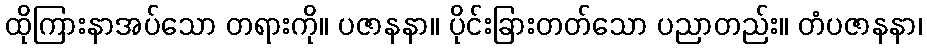
ထိုကြားနာအပ်သော တရားကို။ ပဇာနနာ။ ပိုင်းခြားတတ်သော ပညာတည်း။ တံပဇာနနာ၊